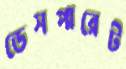
ডেসপারেট